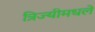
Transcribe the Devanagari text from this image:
त्रिज्यीमधले